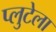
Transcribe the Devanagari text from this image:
प्लुटेला